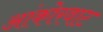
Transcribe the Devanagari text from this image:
आंकोरवाट